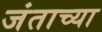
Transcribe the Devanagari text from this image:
जंताच्या